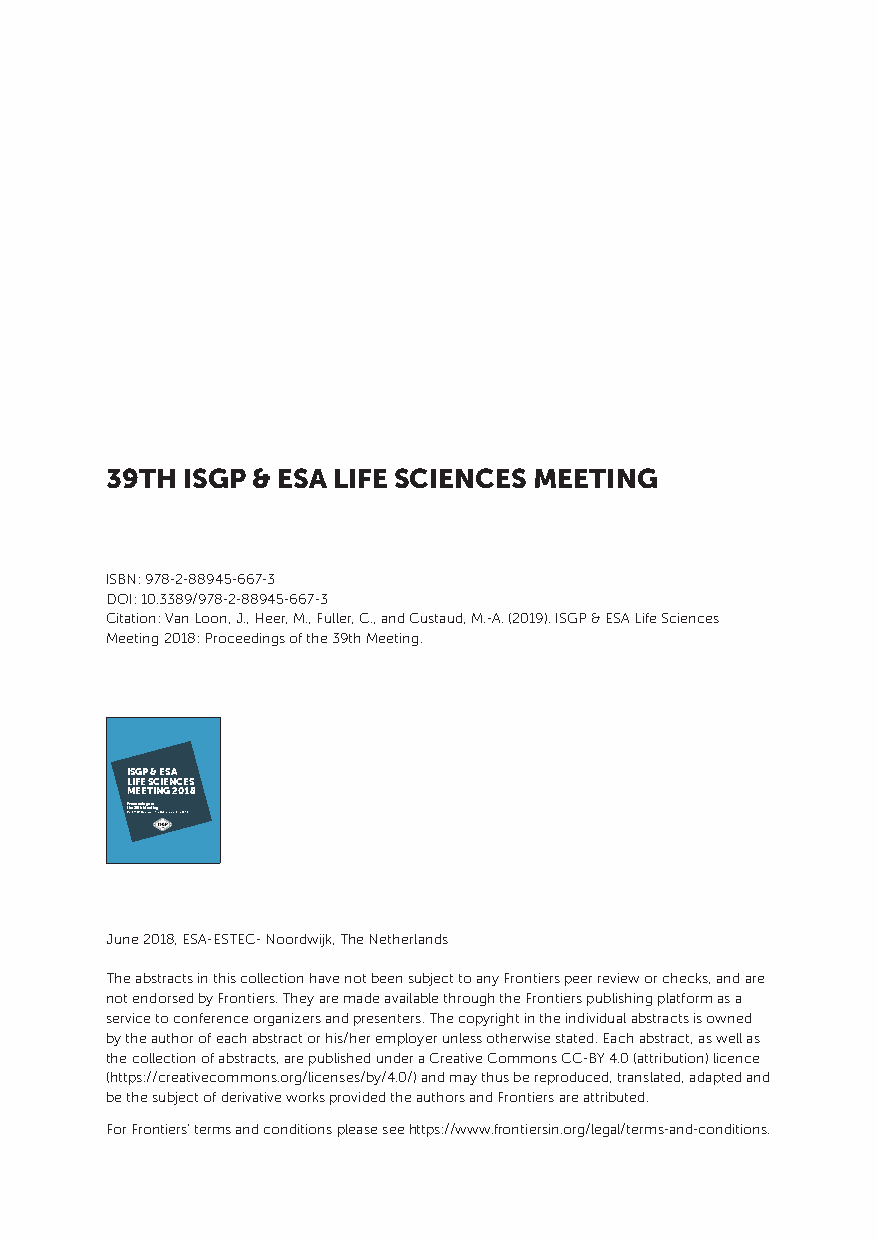
39TH ISGP & ESA LIFE SCIENCES MEETING
 ISBN: 978-2-88945-667-3
 DOI: 10.3389/978-2-88945-667-3
 Citation: Van Loon, J., Heer, M., Fuller, C., and Custaud, M.-A. (2019). ISGP & ESA Life Sciences
 Meeting 2018: Proceedings of the 39th Meeting.
 ISGP & ESA
 LIFE SCIENCES
 MEETING 2018
 tP EShr Aeo -E c S3Te9Ee Ct dh- Ni nMoogerdsew otijkifn, T ghe Netherlands - June 2018
 June 2018, ESA-ESTEC- Noordwijk, The Netherlands
 The abstracts in this collection have not been subject to any Frontiers peer review or checks, and are
 not endorsed by Frontiers. They are made available through the Frontiers publishing platform as a
 service to conference organizers and presenters. The copyright in the individual abstracts is owned
 by the author of each abstract or his/her employer unless otherwise stated. Each abstract, as well as
 the collection of abstracts, are published under a Creative Commons CC-BY 4.0 (attribution) licence
 (https://creativecommons.org/licenses/by/4.0/) and may thus be reproduced, translated, adapted and
 be the subject of derivative works provided the authors and Frontiers are attributed.
 For Frontiers’ terms and conditions please see https://www.frontiersin.org/legal/terms-and-conditions.